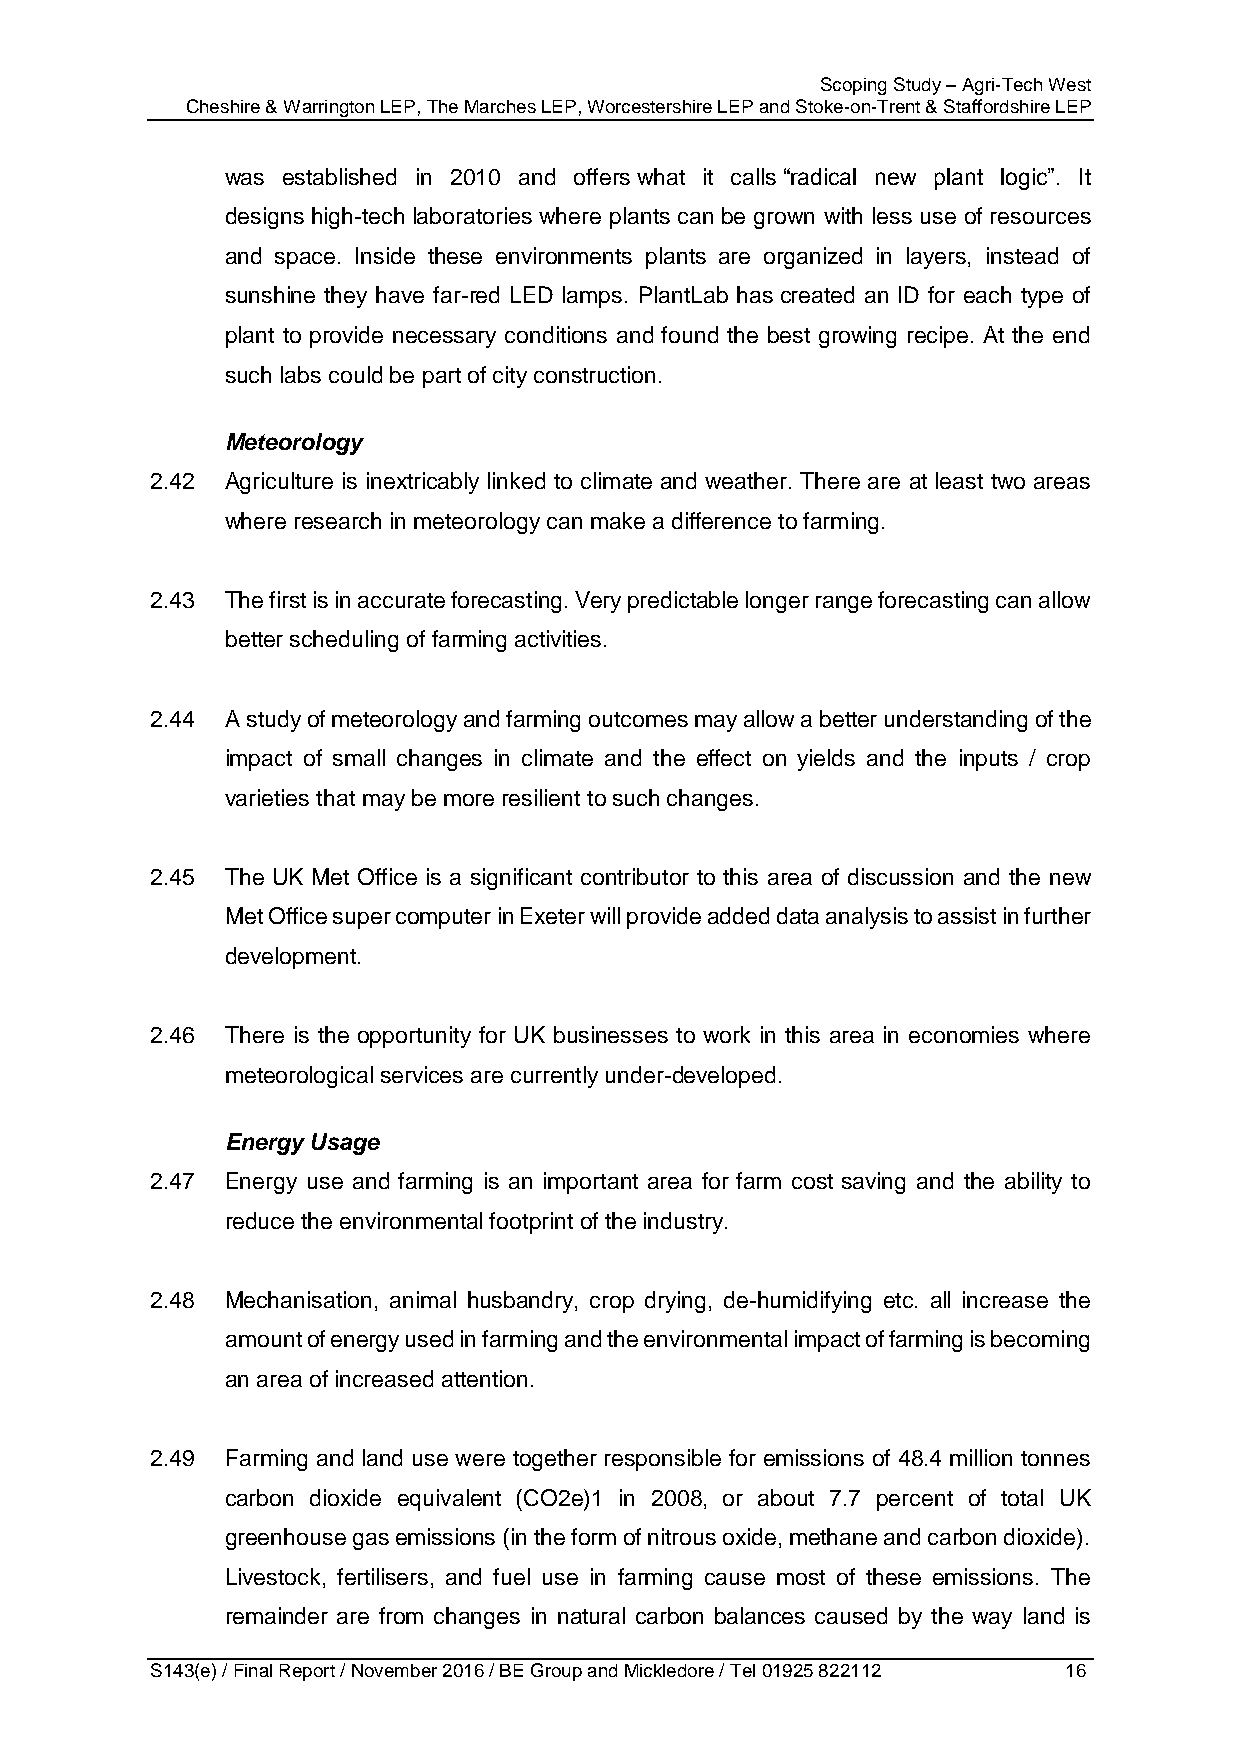
Scoping Study – Agri-Tech West
 Cheshire & Warrington LEP, The Marches LEP, Worcestershire LEP and Stoke-on-Trent & Staffordshire LEP
 was established in 2010 and offers what it calls “radical new plant logic”. It
 designs high-tech laboratories where plants can be grown with less use of resources
 and space. Inside these environments plants are organized in layers, instead of
 sunshine they have far-red LED lamps. PlantLab has created an ID for each type of
 plant to provide necessary conditions and found the best growing recipe. At the end
 such labs could be part of city construction.
 Meteorology
 2.42 Agriculture is inextricably linked to climate and weather. There are at least two areas
 where research in meteorology can make a difference to farming.
 2.43 The first is in accurate forecasting. Very predictable longer range forecasting can allow
 better scheduling of farming activities.
 2.44 A study of meteorology and farming outcomes may allow a better understanding of the
 impact of small changes in climate and the effect on yields and the inputs / crop
 varieties that may be more resilient to such changes.
 2.45 The UK Met Office is a significant contributor to this area of discussion and the new
 Met Office super computer in Exeter will provide added data analysis to assist in further
 development.
 2.46 There is the opportunity for UK businesses to work in this area in economies where
 meteorological services are currently under-developed.
 Energy Usage
 2.47 Energy use and farming is an important area for farm cost saving and the ability to
 reduce the environmental footprint of the industry.
 2.48 Mechanisation, animal husbandry, crop drying, de-humidifying etc. all increase the
 amount of energy used in farming and the environmental impact of farming is becoming
 an area of increased attention.
 2.49 Farming and land use were together responsible for emissions of 48.4 million tonnes
 carbon dioxide equivalent (CO2e)1 in 2008, or about 7.7 percent of total UK
 greenhouse gas emissions (in the form of nitrous oxide, methane and carbon dioxide).
 Livestock, fertilisers, and fuel use in farming cause most of these emissions. The
 remainder are from changes in natural carbon balances caused by the way land is
 S143(e) / Final Report / November 2016 / BE Group and Mickledore / Tel 01925 822112 16